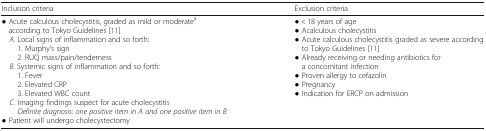
| Inclusion criteria | Exclusion criteria |
 | --- | --- |
 | ● Acute calculous cholecystitis, graded as mild or moderatea according to Tokyo Guidelines [11] A. Local signs of inflammation and so forth:1. Murphy’s sign2. RUQ mass/pain/tenderness B. Systemic signs of inflammation and so forth:1. Fever2. Elevated CRP3. Elevated WBC count C. Imaging findings suspect for acute cholecystitisDefinite diagnosis: one positive item in A and one positive item in B● Patient will undergo cholecystectomy | ● < 18 years of age● Acalculous cholecystitis● Acute calculous cholecystitis graded as severe according to Tokyo Guidelines [11]● Already receiving or needing antibiotics for a concomitant infection● Proven allergy to cefazolin● Pregnancy● Indication for ERCP on admission |